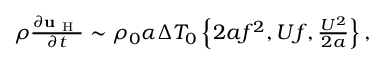
\begin{array} { r } { \rho \frac { \partial \mathbf { u } _ { \mathrm { ~ H ~ } } } { \partial t } \sim \rho _ { 0 } \alpha \Delta T _ { 0 } \left\{ 2 a f ^ { 2 } , U f , \frac { U ^ { 2 } } { 2 a } \right\} , } \end{array}